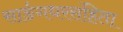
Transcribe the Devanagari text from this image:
सार्ङगधरसंहिता